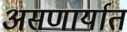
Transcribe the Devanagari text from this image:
असणार्यात